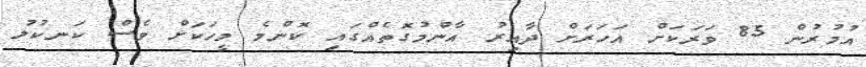
އުމުުރުން 85 ވަރަކަށް އަހަރަށް ދާއިރު އާންމުގޮތެއްގައި ކޮންމެ މީހަކަށް ވެސް ކަނކުލު